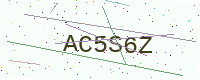
Text: AC5S6Z